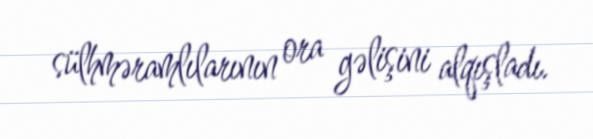
sülhməramlılarının ora gəlişini alqışladı.